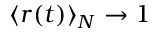
\langle r ( t ) \rangle _ { N } \to 1